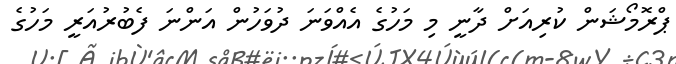
ޕްރޮމޯޝަން ކުރިއަށް ދާނީ މި މަހުގެ އެއްވަނަ ދުވަހުން އަންނަ ފެބުރުއަރީ މަހުގެ